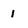
Character: 1